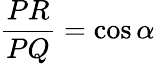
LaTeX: {\frac{PR}{PQ}}=\cos\alpha